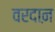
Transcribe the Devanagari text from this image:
वरदाऩ